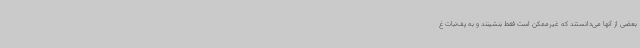
بعضی از آنها می‌دانستند که غیرممکن است فقط بنشینند و به پف‌نبات غ